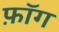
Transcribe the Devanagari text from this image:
फ़ॉग